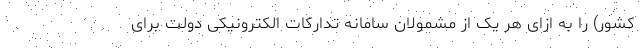
کشور) را به ازای هر یک از مشمولان سامانه تدارکات الکترونیکی دولت برای